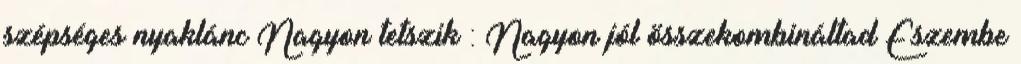
szépséges nyaklánc Nagyon tetszik : Nagyon jól összekombináltad Eszembe